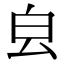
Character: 𣌡